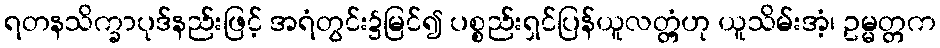
ရတနသိက္ခာပုဒ်နည်းဖြင့် အရံတွင်း၌မြင်၍ ပစ္စည်းရှင်ပြန်ယူလတ္တံ့ဟု ယူသိမ်းအံ့၊ ဥမ္မတ္တက